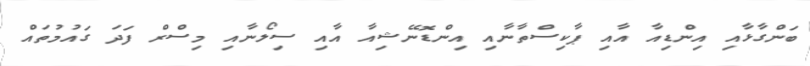
ބަންގާޅާއި އިންޑިއާ އާއި ޕާކިސްތާނާއި އިންޑޮނޭޝިއާ އާއި ސިލޯނާއި މިސްރް ފަދަ ގައުމުތައް